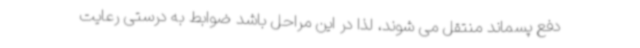
دفع پسماند منتقل می شوند، لذا در این مراحل باشد ضوابط به درستی رعایت